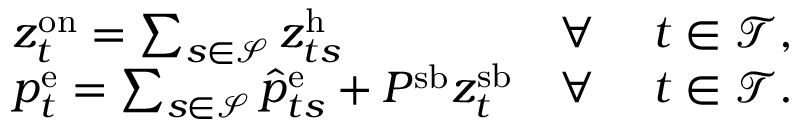
\begin{array} { r l r l } & { z _ { t } ^ { \mathrm { { o n } } } = \sum _ { s \in \mathcal { S } } z _ { t s } ^ { \mathrm { h } } } & { \forall ~ } & { t \in \mathcal { T } , } \\ & { p _ { t } ^ { \mathrm { { e } } } = \sum _ { s \in \mathcal { S } } \hat { p } _ { t s } ^ { \mathrm { e } } + P ^ { \mathrm { { s b } } } z _ { t } ^ { \mathrm { s b } } } & { \forall ~ } & { t \in \mathcal { T } . } \end{array}